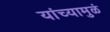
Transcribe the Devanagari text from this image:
यांच्यामुळं